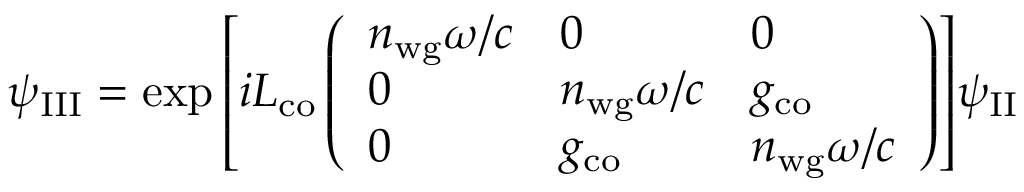
\psi _ { \mathrm { I I I } } = \exp { \left[ i L _ { \mathrm { c o } } \left( \begin{array} { l l l } { n _ { \mathrm { w g } } \omega / c } & { 0 } & { 0 } \\ { 0 } & { n _ { \mathrm { w g } } \omega / c } & { g _ { \mathrm { c o } } } \\ { 0 } & { g _ { \mathrm { c o } } } & { n _ { \mathrm { w g } } \omega / c } \end{array} \right) \right] } \psi _ { \mathrm { I I } }